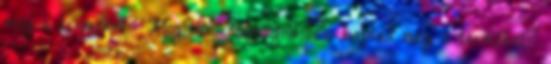
meg a terméket? Megfelelő csomagolásban kaptad meg a terméket?